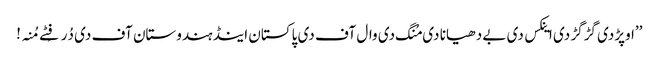
’’اوپڑدی گڑگڑ دی اینکس دی بے دھیانا دی مُنگ دی وال آف دی پاکستان اینڈ ہندوستان آف دی دُرفِٹے مُنہ!